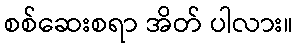
စစ်ဆေးစရာ အိတ် ပါလား။